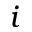
i